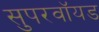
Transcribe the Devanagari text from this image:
सुपरवॉयड